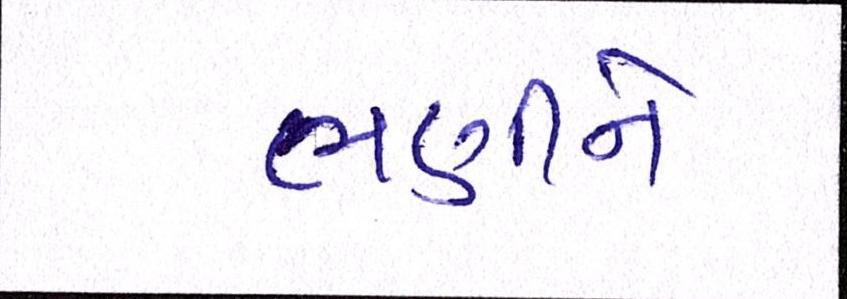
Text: ભણીને